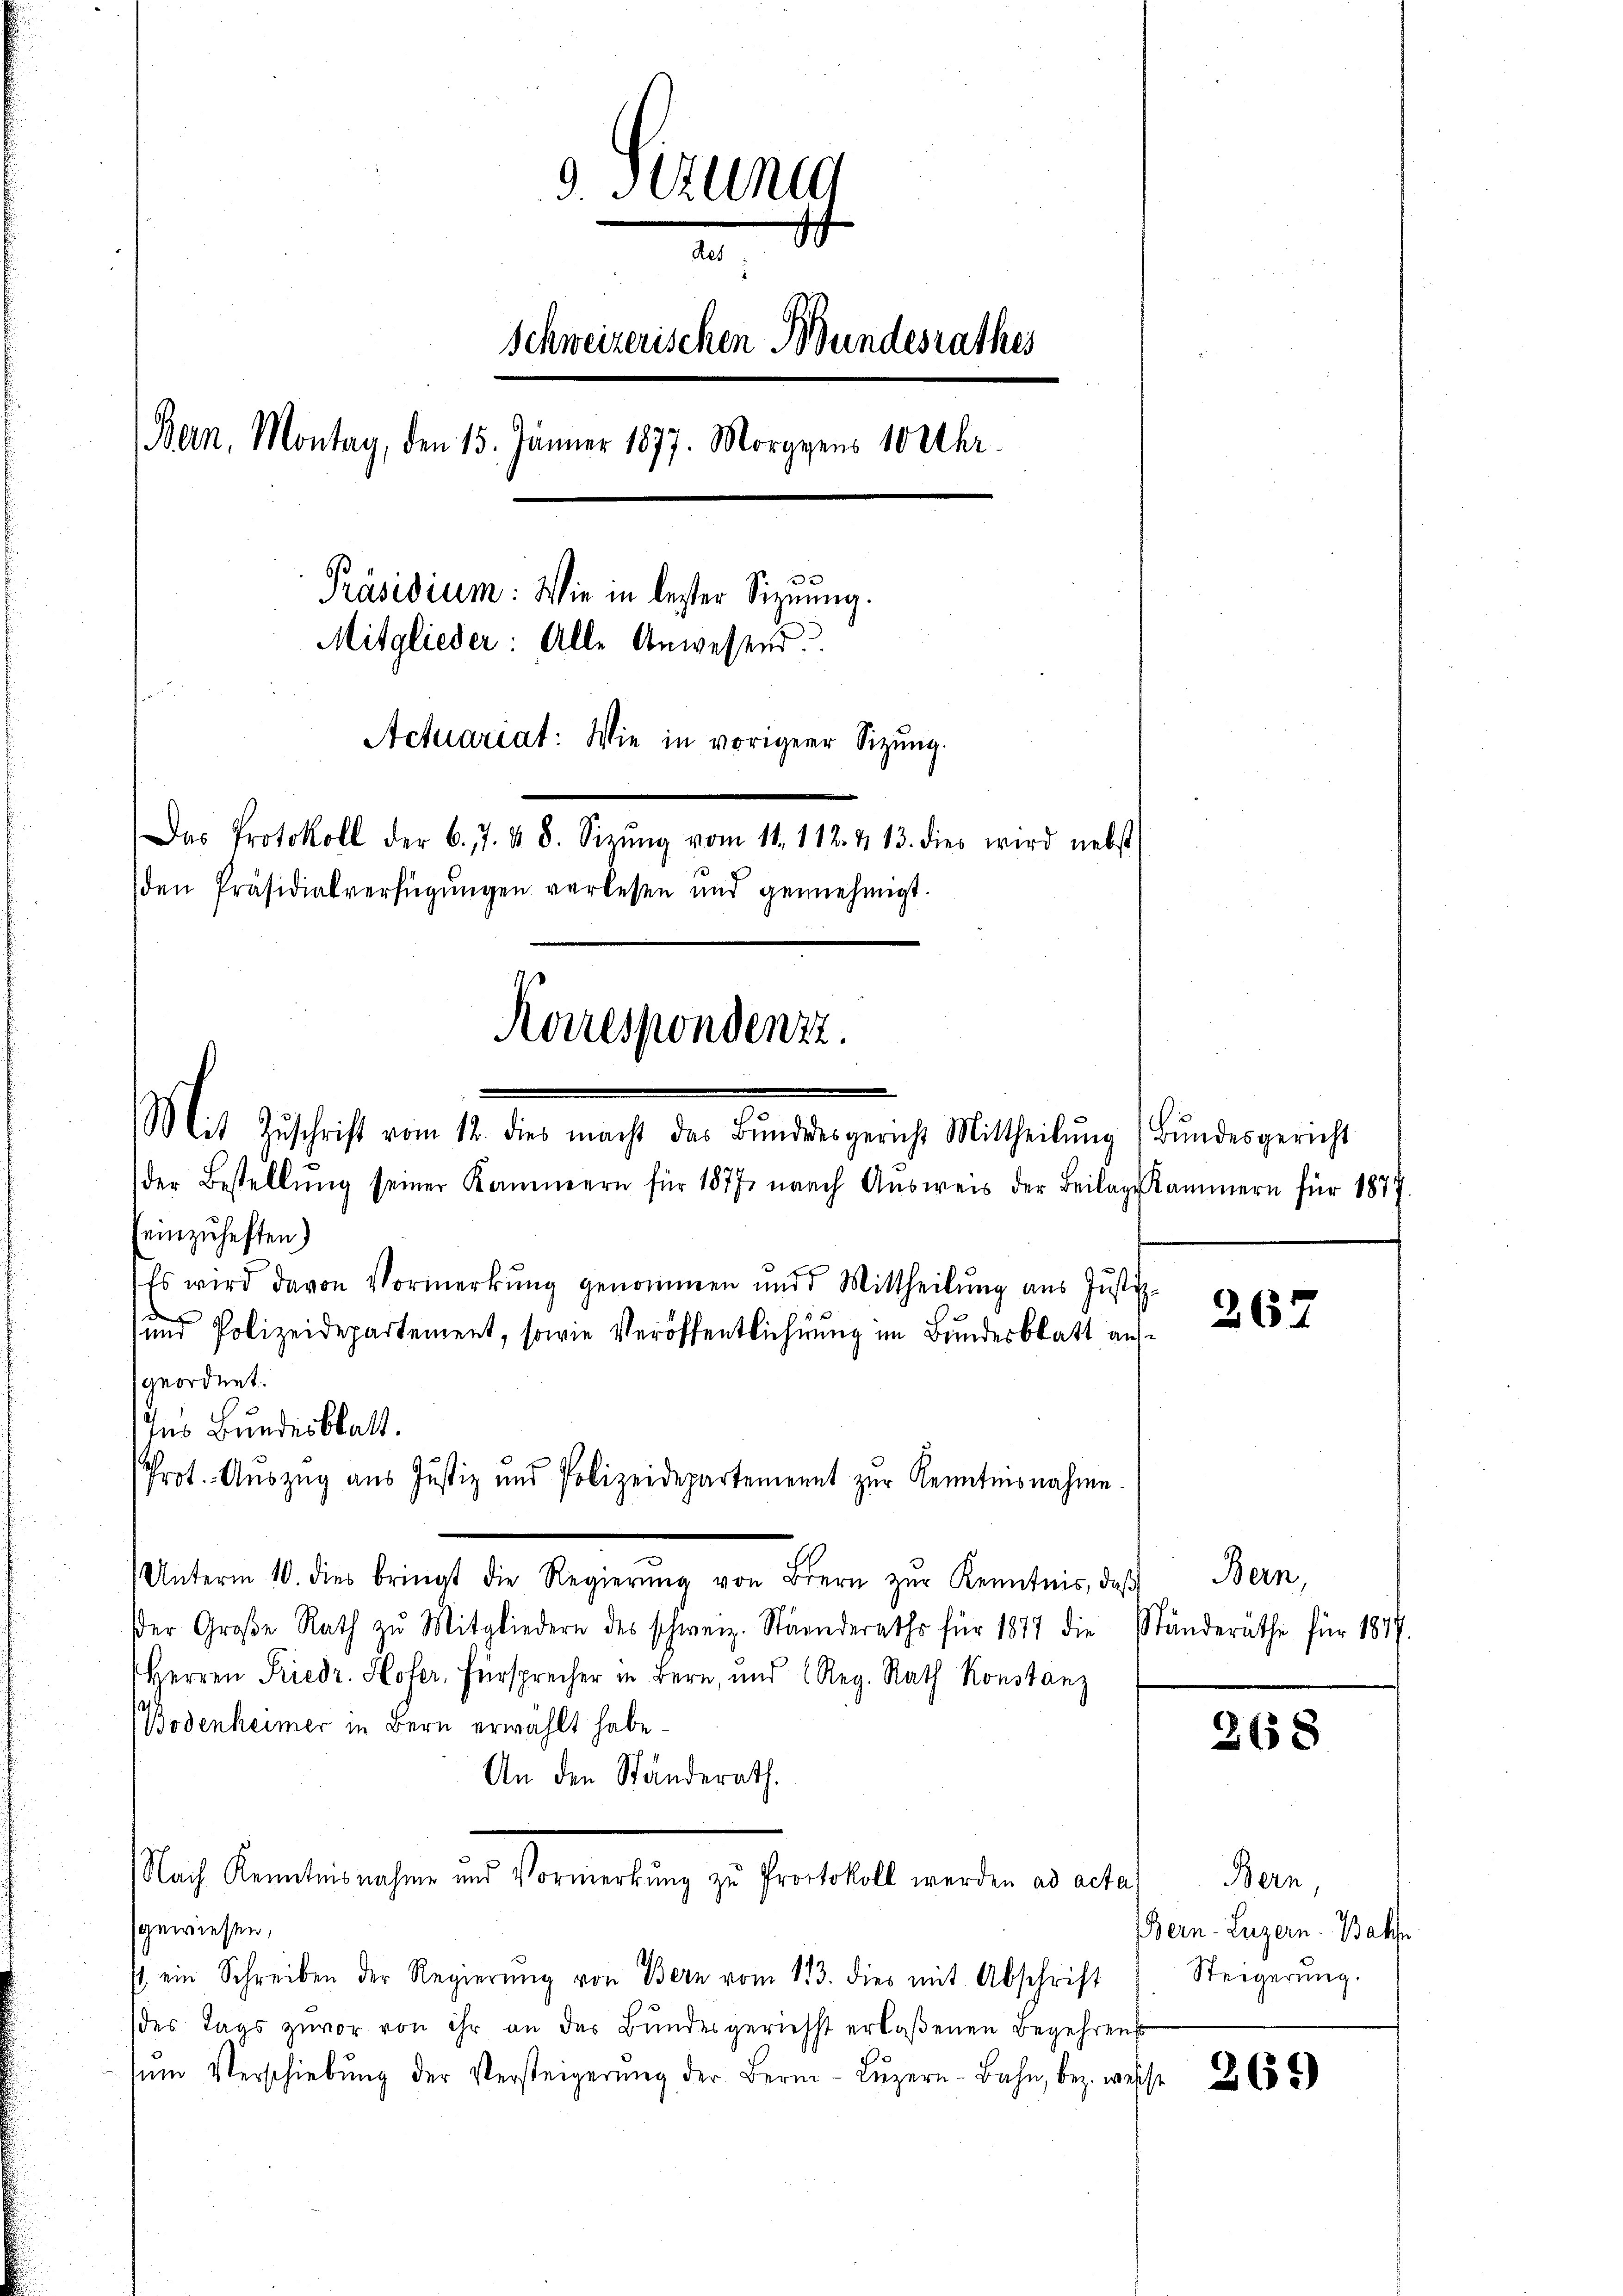
9 Stzung
des
Schweizerischen Bundesrathes
Bern. Montag, den 15. Jänner 1877. Morgens 10 Uhr.
Präsidium: Wie in bester Signung.
Mitglieder: Alle Anwesend.
.
Actuariat: Wie in vorigerer Sitzung.
Das Protokoll der 6. 7. 48. Sizŭng vom 11. 112. & 13. dies wird nebst
den Präsidialverfügungen verlesen und genehmigt.
Korrespondenze.

Mit Zŭschrift vom 12. dies macht das Bŭndesgericht Mittheilŭng (Bŭndesgericht
der Bestellŭng seiner Kammern für 1877 nach Aŭsweis der Beilage Kammern für 1877
einzuhaften)
(Es wird davon Vormerkŭng genommen und Mittheilŭng ans Justiz-
und Polizeidepartement, sowie Veröffentlichnung im Bundesblatt aufgeordnet.
Ius Bundesblatt.
Unterm 10. dies bringt die Regierŭng von Bern zŭr Kenntnis, daβ
er Große Rath zŭ Mitgliedern des schweiz. Ständeraths für 1817 die Ständeräthe für 1877.
Herren Friedr. Hofer, Fürsprecher in Bern, und Reg. Rath Konstanz
Bodenheimer in Bern erwählt habe.
An den Ständerath.
Nach Kenntenmachen und Vormerkung zu franckhalt werden es alte
gewiesen,
st ein Schreiben der Regierŭng von Bern vom 113. dies mit Abschrift
des Tags zuvor von ihr an das Bundesgeriehst erlaßenen Begehrens
sŭm Verschiebŭng der Versteigerŭng der Bern Lŭzern-Bahn, bez. weis

Prot. Auszug aus Justiz und Polizeidepartement zur Kenntnisnahme

267

Bern,

2658

Bern,
Bern-Luzern. Bahn
Steigerung.

265)